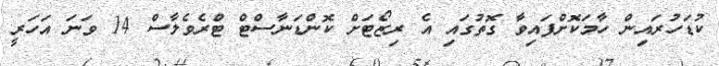
ކުޑަހުރައިން ހާމަކޮށްފައިވާ ގޮތުގައި އެ ރިޒޯޓަށް ކޮންޑަނާސްޓް ޓްރެވެލާސް 14 ވަނަ އަހަރީ